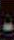
-